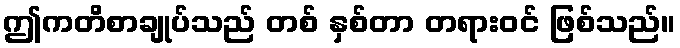
ဤကတိစာချုပ်သည် တစ် နှစ်တာ တရားဝင် ဖြစ်သည်။